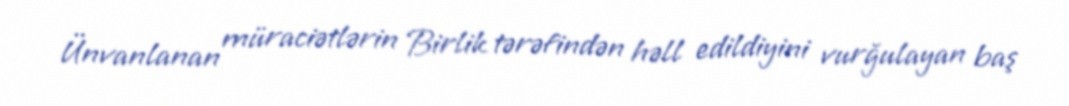
Ünvanlanan müraciətlərin Birlik tərəfindən həll edildiyini vurğulayan baş